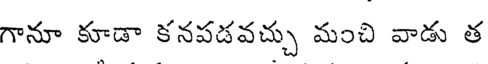
గానూ కూడా కనపడవచ్చు మంచి వాడు త